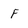
Character: F